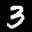
Label: 3